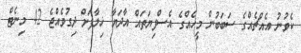
ކެވުނު އެއްޗެއްގެ ސަބަބުން މީހެއްގެ އެސްފިޔަތައް އާދަޔާ ޚިލާފަށް ދިގުވެއްޖެ 42 މިނެޓް